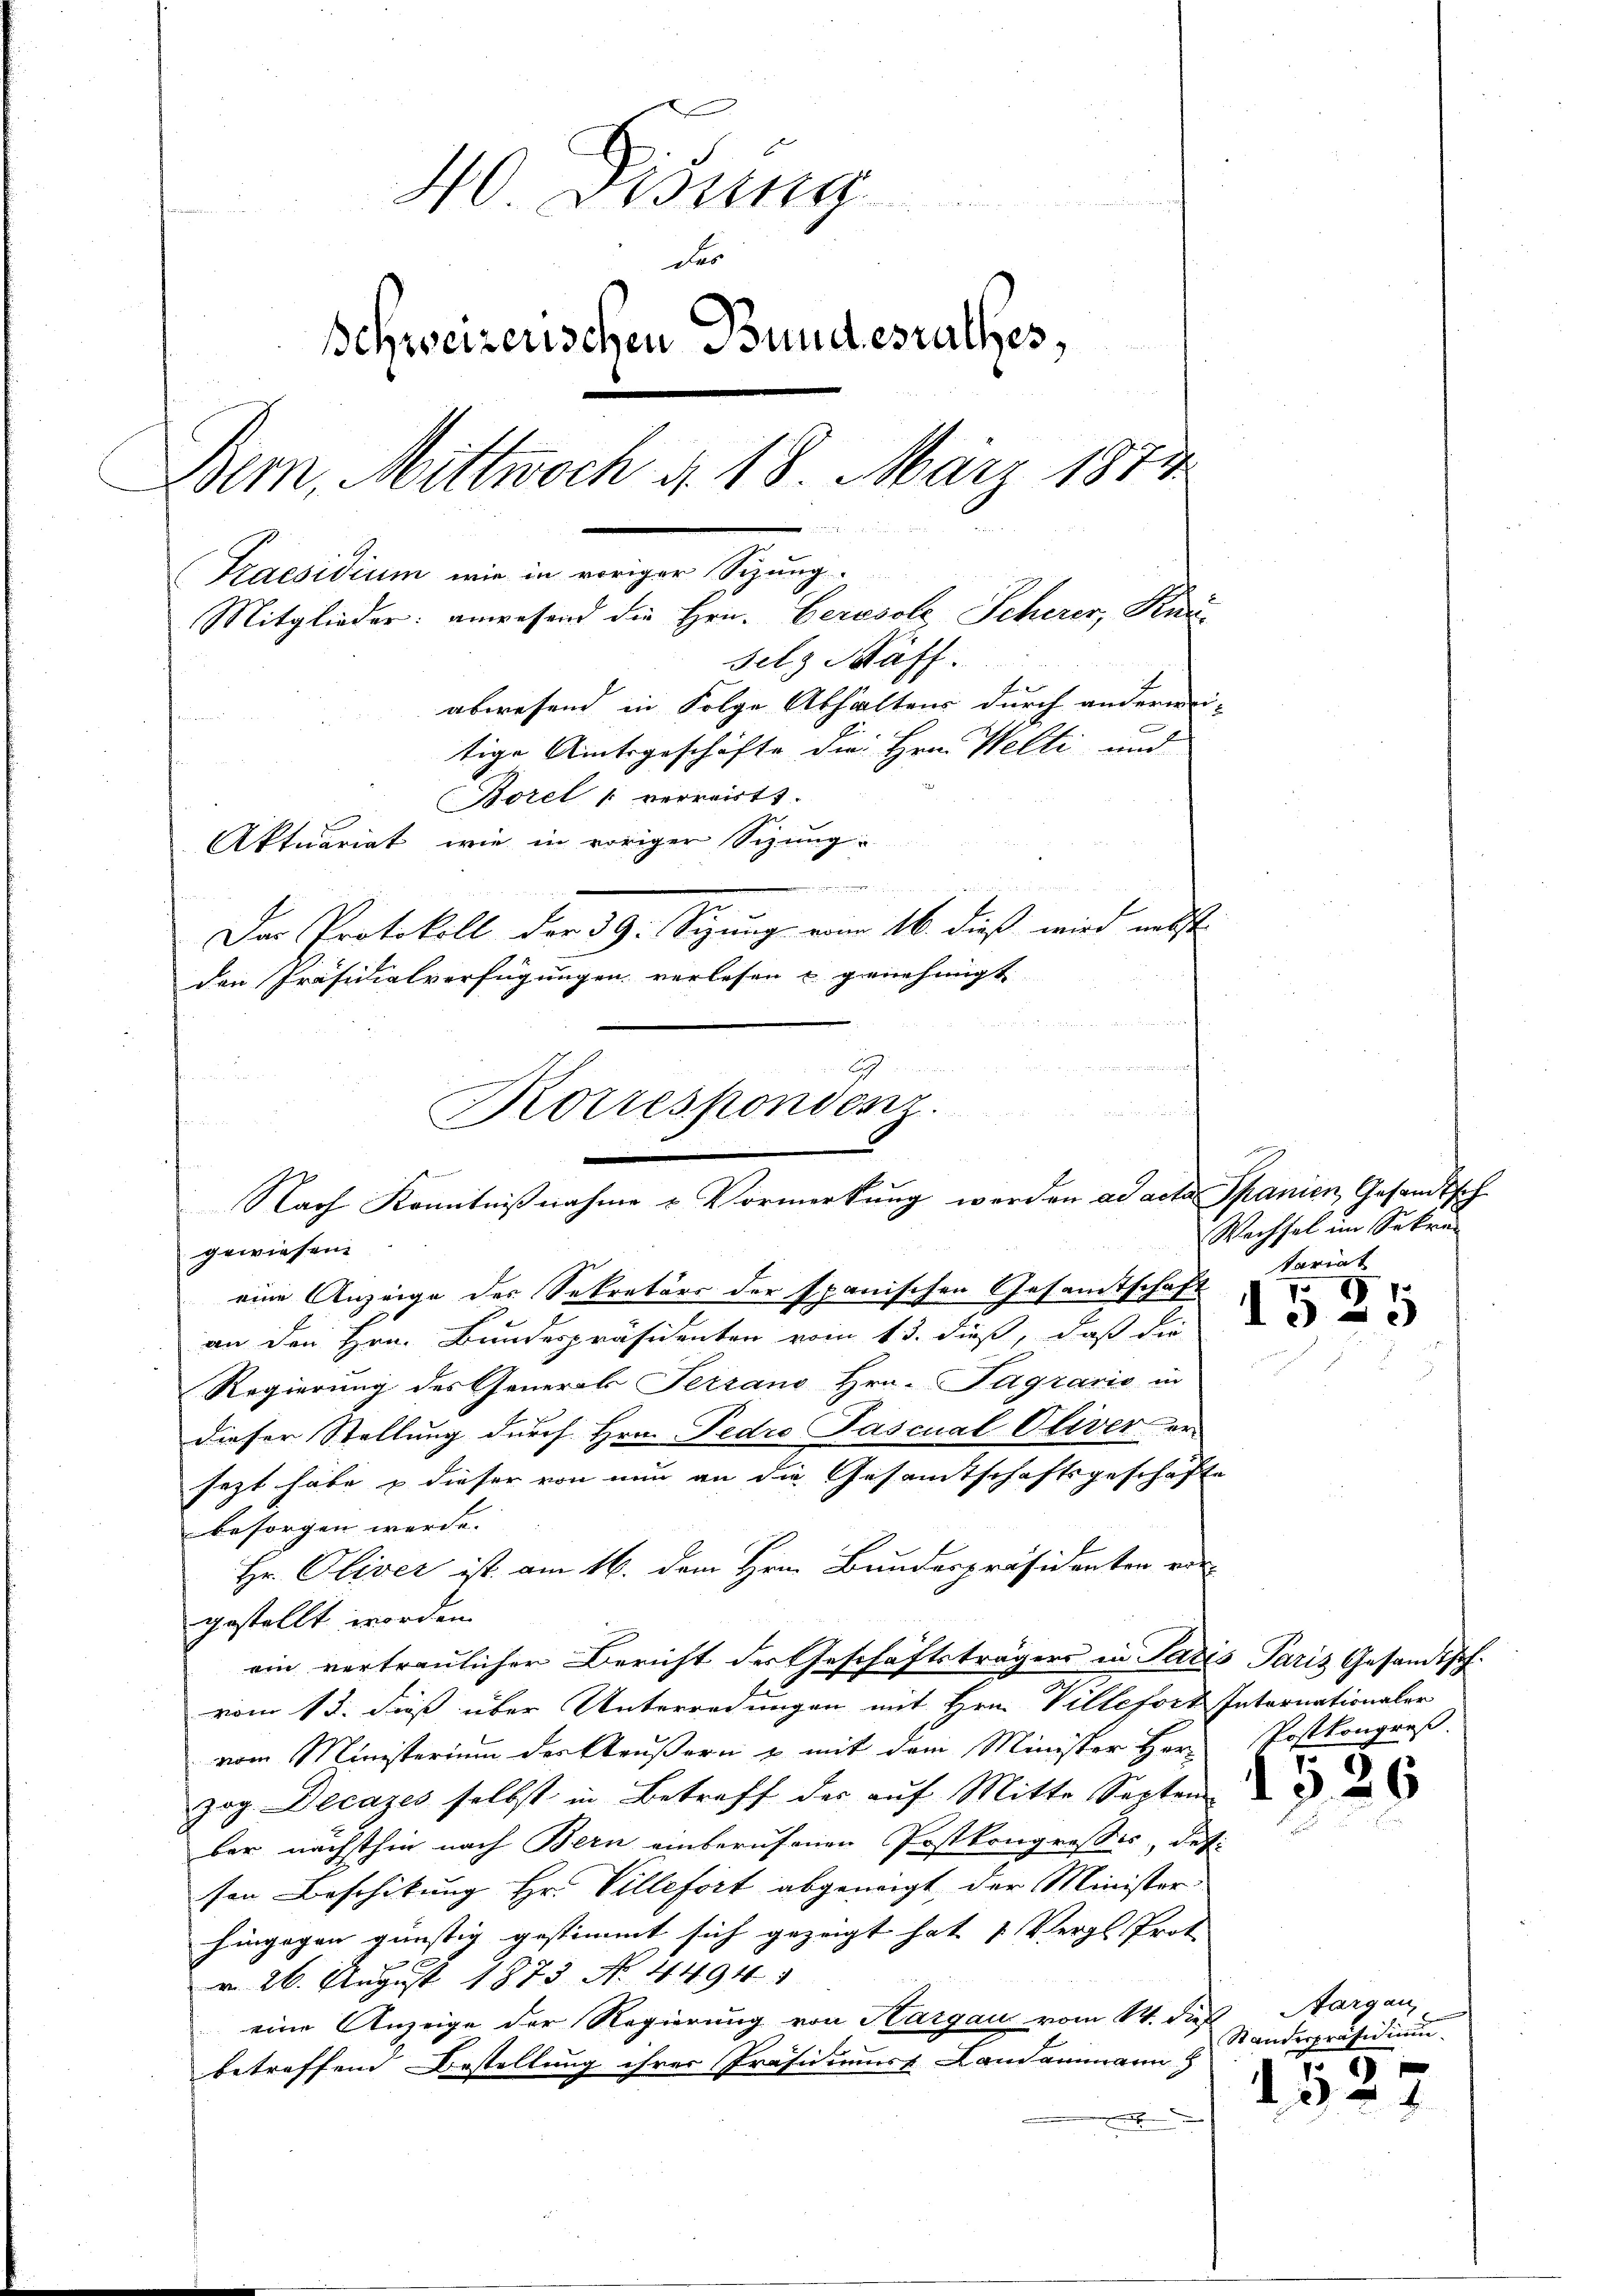
40. Didung
der
Schweizerischen Bundesrathes,
Bern, Mittwoch d. 18. März 1874
Praesidium wie in voriger Sizung.
Mitglieder: anwesend die Hrn. Berosole Scherer, Kau-
silz Kaff
abwesend in Folge Abhaltens durch anderni-
tige Amtsgeschäfte die Hrn. Welti und
Borel " verreist.
Aktuariat, wie in voriger Sizung

Das Protokoll der 39: Sizung vom 16. dieß wird nebst
den Präsidialverfügungen verlesen u genehmigt |

Korrespondenz.
Nach Kenntnißnahme & Vormerkung werden ad acta
gewiesen.

eine Anzeige des Sekretärs der spanischen Gesamtschaft
an den Hrn. Bundespräsidenten vom 13. dieß, daß die
Regierung des Generals Terrano Hrn. Tagrario in
dieser Stellung durch Hrn. Pedro Pascnal Oliver er
sezt habe & dieser von nun an die Gesamtschaftsgeschäfte
besorgen werde. |
Hr. Oliver ist am 16. dem Hrn. Bundespräsidenten vor
gestellt worden.
ein vertraulicher Bericht der Geschäftsträgers in Paris Paris Gesandtschvom 13. dieß über Unterredungen mit Hrn. Villefort Internationaler
vom Ministerium des Reußern & mit dem Minister Her-
zog Decazes selbst in Betreff der auf Mitte Septem
ber nächsthin nach Bern einberufenen Postkongresses, des
sen Beschikung Hr. Villefort abgeneigt, der Minister
hingegen günstig gestimmt sich gezeigt hat Vergl. Prot
d 26. August 1873 N. 4494
eine Anzeige der Regierung von Hargau vom 14. dieß
betreffend Bestellung ihrer Präsidiums Landammann
a

u Spanien Gesandtsch
Wechsel im Sekre
tariat

1525

Postkongruß.

1526

Aargau,
Standerpräsidium
5x

34